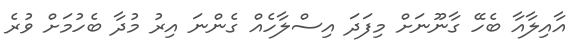
އާއިލާއާ ބެހޭ ގާނޫނަށް މިފަދަ އިސްލާހެއް ގެންނަ އިރު މުދާ ބެހުމަށް ވުރެ